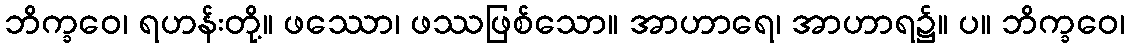
ဘိက္ခဝေ၊ ရဟန်းတို့။ ဖဿော၊ ဖဿဖြစ်သော။ အာဟာရေ၊ အာဟာရ၌။ ပ။ ဘိက္ခဝေ၊